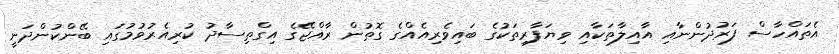
އެތައްހާސް ފަރުދުންނާއި އާއިލާތަކާއި ވިޔަފާރިތަކުގެ ބައިވެރިއެއްގެ ގޮތުން ރާއްޖޭގެ އިގްތިސާދު ކުރިއެރުވުމުގައި ބޭންކުންދަނީ